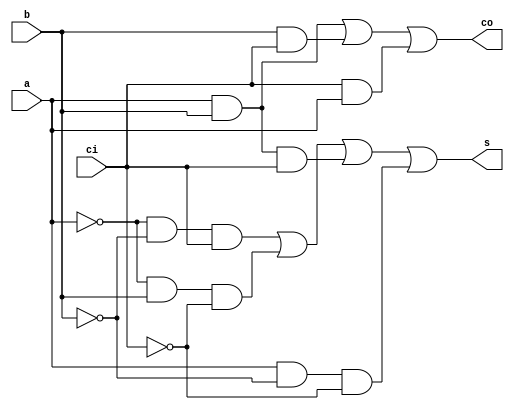
module fa_dataflow(  s,
                     co,
                     a,
                     b,
                     ci    );

output        s      ;     // sum
output        co     ;     // carry out

input         a      ;     // input a
input         b      ;     // input b
input         ci     ;     // carry in

assign        s      = (~a & ~b & ci) | (~a & b & ~ci) | (a & b & ci) | (a & ~b & ~ci) ;
assign        co     = (a & b) | (b & ci) | (ci & a) ;

endmodule

module fa_behavior(  s,
                     co,
                     a,
                     b,
                     ci    );

output        s      ;     // sum
output        co     ;     // carry out

input         a      ;     // input a
input         b      ;     // input b
input         ci     ;     // carry in

reg           s      ;
reg           co     ;

always @(a or b or ci) begin
       s      = (~a & ~b & ci) | (~a & b & ~ci) | (a & b & ci) | (a & ~b & ~ci) ;
       co     = (a & b) | (b & ci) | (a & ci) ;
end
endmodule

module fa_case(  s,
                 co,
                 a,
                 b,
                 ci    );

output        s      ;     // sum
output        co     ;     // carry out

input         a      ;     // input a
input         b      ;     // input b
input         ci     ;     // carry in

reg           s      ;
reg           co     ;
always @(a or b or ci) begin
       case( {ci, a, b} )
              3'b000 : {co, s} = 2'b00     ;
              3'b001 : {co, s} = 2'b01     ;
              3'b010 : {co, s} = 2'b01     ;
              3'b011 : {co, s} = 2'b10     ;
              3'b100 : {co, s} = 2'b01     ;
              3'b101 : {co, s} = 2'b10     ;
              3'b110 : {co, s} = 2'b10     ;
              3'b111 : {co, s} = 2'b11     ;
       endcase
end
endmodule




//4bit / hierarchical design

module  fa4_inst(      s,
                       co,
                       a,
                       b,
                       ci     );

output  [3:0]   s       ;     // sum
output          co      ;     // carry out

input   [3:0]   a       ;     // input a
input   [3:0]   b       ;     // input b
input           ci      ;     // carry in

wire    [2:0]   carry   ;     // ripple carry

fa_dataflow     fa_u0(   .s   ( s[0]          ),
                         .co  ( carry[0]      ),
                         .a   ( a[0]          ),
                         .b   ( b[0]          ),
                         .ci  ( ci            ));

fa_dataflow     fa_u1(   .s   ( s[1]          ),
                         .co  ( carry[1]      ),
                         .a   ( a[1]          ),
                         .b   ( b[1]          ),
                         .ci  ( carry[0]      ));

fa_dataflow     fa_u2(   .s   ( s[2]          ),
                         .co  ( carry[2]      ),
                         .a   ( a[2]          ),
                         .b   ( b[2]          ),
                         .ci  ( carry[1]      ));

fa_dataflow     fa_u3(   .s   ( s[3]          ),
                         .co  ( co            ),
                         .a   ( a[3]          ),
                         .b   ( b[3]          ),
                         .ci  ( carry[2]      ));

endmodule


//4bit / multi-bit expression

module fa4_mbit(      s,
                      co,
                      a,
                      b,
                      ci     );

output  [3:0]   s       ;     // sum
output          co      ;     // carry out

input   [3:0]   a       ;     // input a
input   [3:0]   b       ;     // input b
input           ci      ;     // carry in

assign          {co, s} = a + b + ci   ;

endmodule